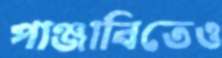
পাঞ্জাবিতেও